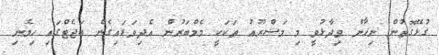
ގުޅޭގޮތުން ނިހާން ވިދާޅުވީ މި މަޝްރޫއު ތަކަކީ މެމްބަރުން އެދިވަޑައިގެން ބަޖެޓްގައި ހިމެނި